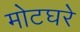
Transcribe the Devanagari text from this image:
मोटघरे